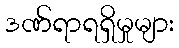
ဒဏ်ရာရရှိမှုများ